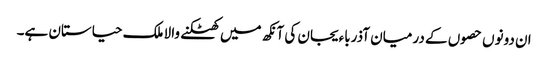
ان دونوں حصوں کے درمیان آذرباءیجان کی آنکھ میں کھٹکنے والا ملک حیاستان ہے۔